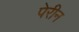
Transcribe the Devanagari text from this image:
पेरीन